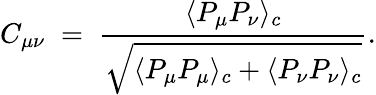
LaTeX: C_{\mu\nu}\; =\; {\frac{\displaystyle\langle P_{\mu}P_{\nu}\rangle_{c}}{\displaystyle\sqrt{\langle P_{\mu}P_{\mu}\rangle_{c}+\langle P_{\nu}P_{\nu}\rangle_{c}}}}.